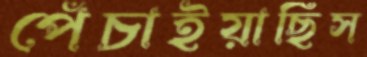
পেঁচাইয়াছিস